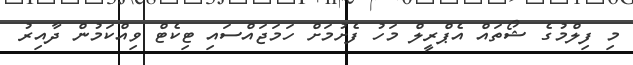
މި ފިލްމުގެ ޝޯތައް އެޕްރީލް މަހު ފެށުމަށް ހަމަޖައްސައި ޓިކެޓް ވިއްކަމުން ދާއިރު